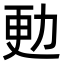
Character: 𠡣